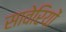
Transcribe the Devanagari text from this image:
सावेरियों